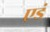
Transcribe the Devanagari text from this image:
एडं